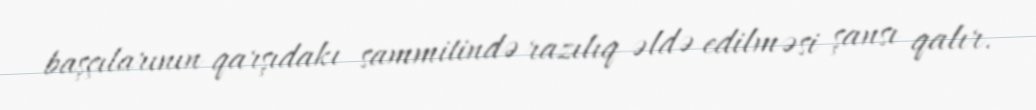
başçılarının qarşıdakı sammitində razılıq əldə edilməsi şansı qalır.